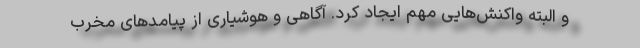
و البته واکنش‌هایی مهم ایجاد کرد. آگاهی و هوشیاری از پیامدهای مخرب